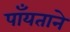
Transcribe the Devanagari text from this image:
पाँयताने